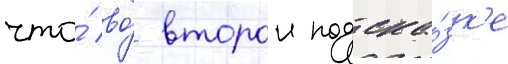
что́ во́ второи подска́зк'е